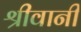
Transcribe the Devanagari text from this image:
श्रीवानी